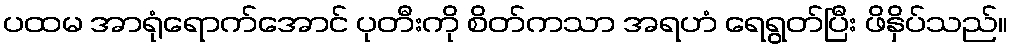
ပထမ အာရုံရောက်အောင် ပုတီးကို စိတ်ကသာ အရဟံ ရေရွတ်ပြီး ဖိနှိပ်သည်။